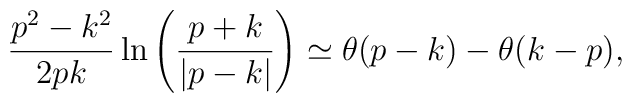
{p^2-k^2\over 2pk}\ln\left({p+k\over\left|p-k\right|}\right)\simeq \theta(p-k)-\theta(k-p),